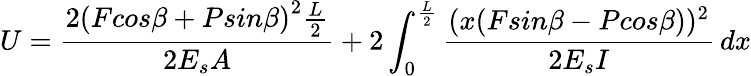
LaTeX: U=\frac{2{(Fcos\beta+Psin\beta)}^{2}\frac{L}{2}}{2E_{s}A}+2\int_{0}^{\frac{L}{2}}\frac{(x{(Fsin\beta-Pcos\beta)})^{2}}{2E_{s}I}\, dx